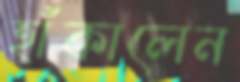
হাঁকালেন